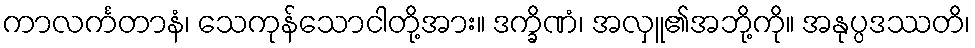
ကာလင်္ကတာနံ၊ သေကုန်သောငါတို့အား။ ဒက္ခိဏံ၊ အလှူ၏အဘို့ကို။ အနုပ္ပဒဿတိ၊